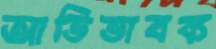
আভিভাবক